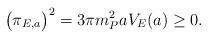
LaTeX: \begin{align*}\bigl(\pi_{E,a} \bigr)^2 = 3 \pi m_P^2 a V_{E} (a) \geq 0.\end{align*}